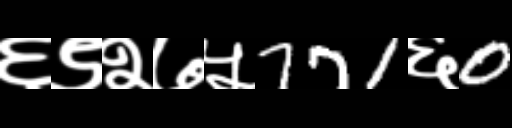
Text: ६९२७५771६0